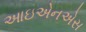
આઇએનએસ